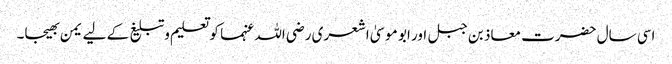
اسی سال حضرت معاذ بن جبل اور ابو موسیٰ اشعری رضی اللہ عنہما کو تعلیم وتبلیغ کے لیے یمن بھیجا۔